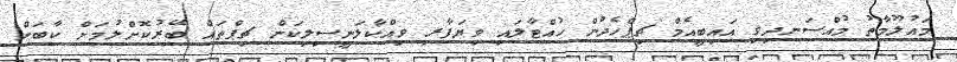
މައުލޫމާތު މުއްސަނދިވި އައިބީއެމް ޗިޕްހެދުން ހުއްޓާލައި ވިޔަފާރި ވިއްކާލަނީސިލިކަން ޗިޕްތައް ބޭރުކޮށްލުމަށް ކާބަން